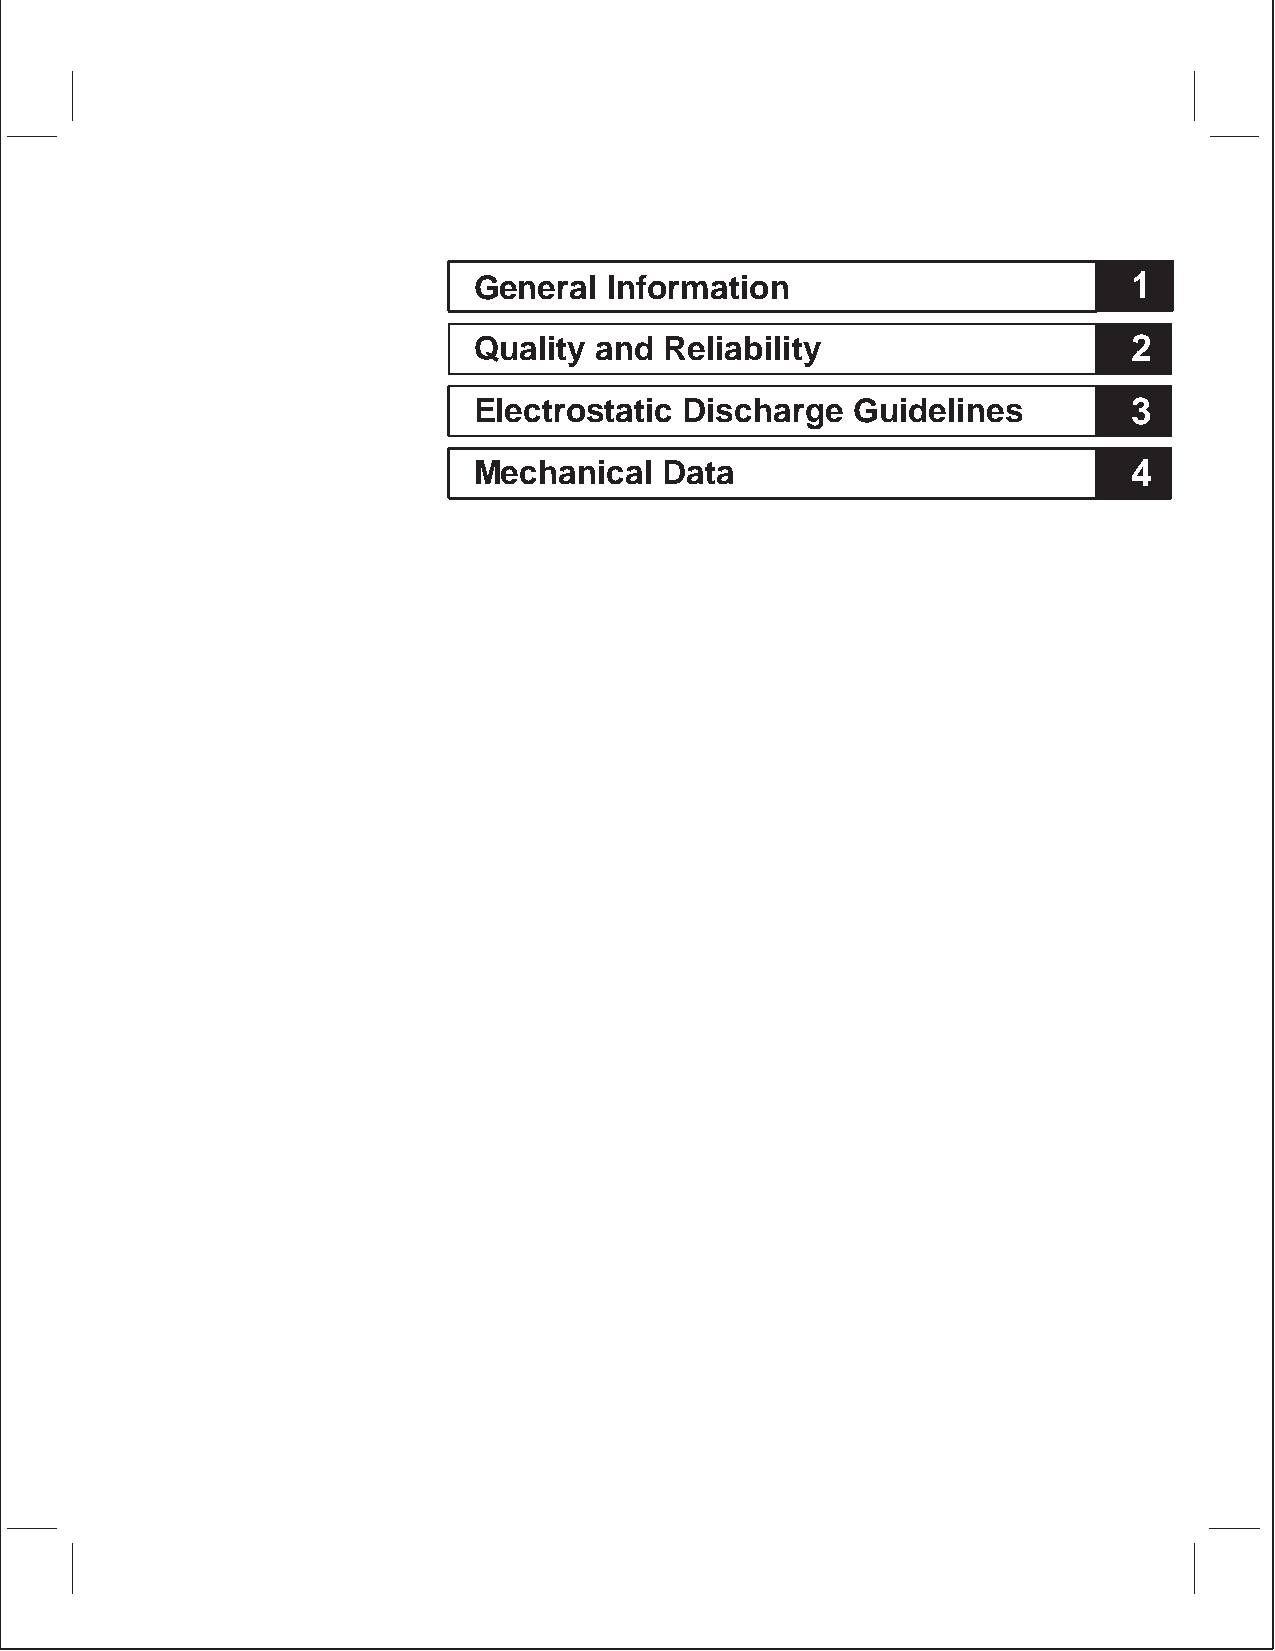
General  Information                        1
 Quality and  Reliability                    2
 Electrostatic Discharge  Guidelines         3
 Mechanical   Data                           4